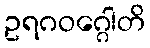
ဥရဂဝဂ္ဂေါတိ